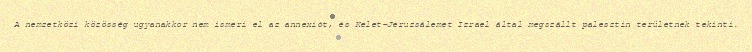
A nemzetközi közösség ugyanakkor nem ismeri el az annexiót, és Kelet-Jeruzsálemet Izrael által megszállt palesztin területnek tekinti.